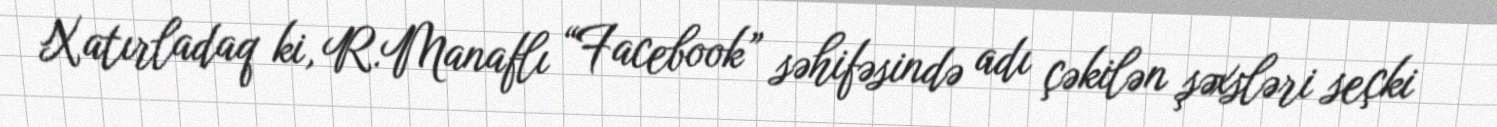
Xatırladaq ki, R.Manaflı “Facebook” səhifəsində adı çəkilən şəxsləri seçki